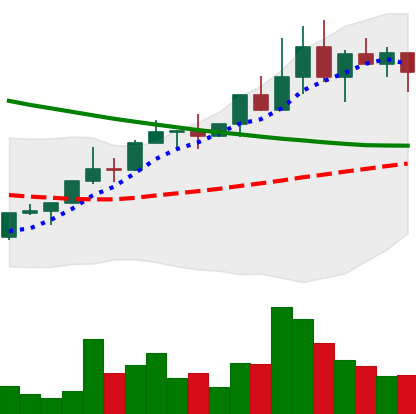
Ticker: NEO-USD
Chart end date: 2022-04-04
Forward return: -16.899%
Label: down_7plus